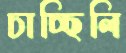
চাচ্ছিলি